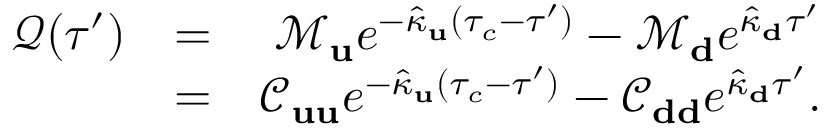
\begin{array} { r l r } { \mathcal { Q } ( \tau ^ { \prime } ) } & { = } & { \mathcal { M } _ { \bf u } e ^ { - \hat { \kappa } _ { \bf u } ( \tau _ { c } - \tau ^ { \prime } ) } - \mathcal { M } _ { \bf d } e ^ { \hat { \kappa } _ { \bf d } \tau ^ { \prime } } } \\ & { = } & { \mathcal { C } _ { \bf u u } e ^ { - \hat { \kappa } _ { \bf u } ( \tau _ { c } - \tau ^ { \prime } ) } - \mathcal { C } _ { \bf d d } e ^ { \hat { \kappa } _ { \bf d } \tau ^ { \prime } } . } \end{array}